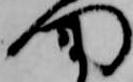
門